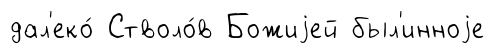
дал'еко́ Стволо́в Божиjей был'инноjе